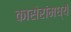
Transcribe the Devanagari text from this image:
कासेरांमध्यें